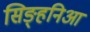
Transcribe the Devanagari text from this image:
सिङ्हनिआ